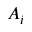
A _ { i }